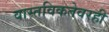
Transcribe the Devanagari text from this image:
वास्तविकतेवरही